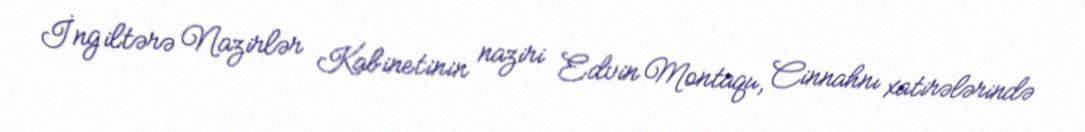
İngiltərə Nazirlər Kabinetinin naziri Edvin Montaqu, Cinnahnı xatirələrində